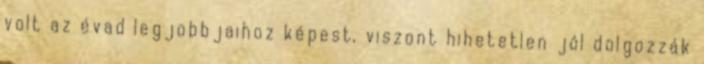
volt az évad legjobbjaihoz képest, viszont hihetetlen jól dolgozzák